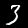
Digit: 3